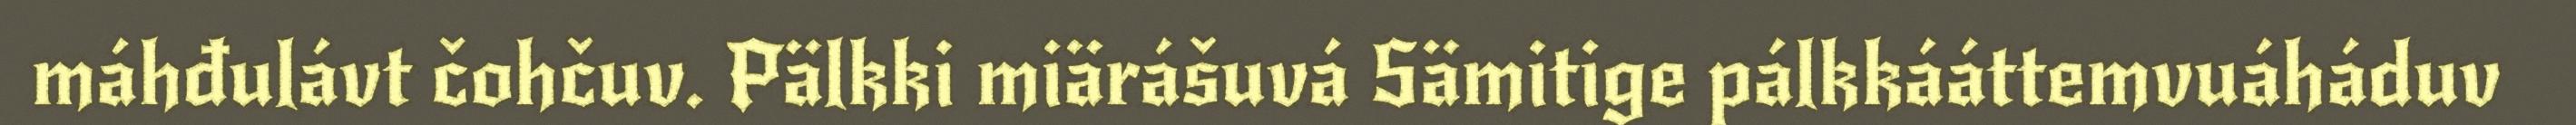
máhđulávt čohčuv. Pälkki miärášuvá Sämitige pálkkááttemvuáháduv